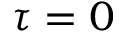
\tau = 0